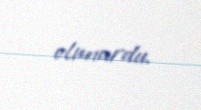
olunurdu.